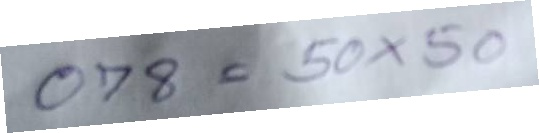
078 = 50x50